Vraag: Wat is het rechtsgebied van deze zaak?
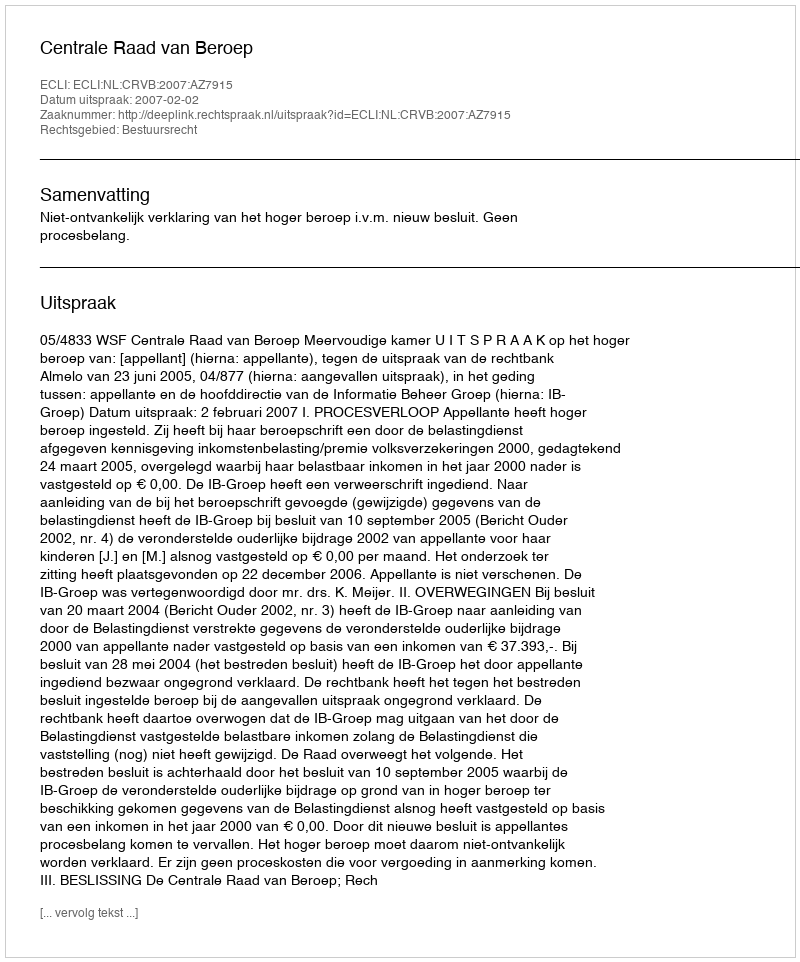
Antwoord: Bestuursrecht